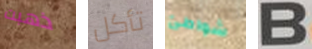
ذهبت تأكل شواطئ B